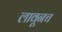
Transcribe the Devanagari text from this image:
लावूनच